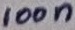
Text: 100n